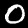
Label: 0